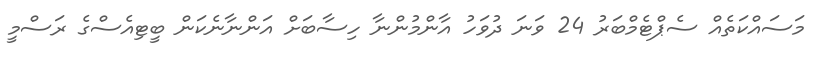
މަސައްކަތެއް ސެޕްޓެމްބަރު 24 ވަނަ ދުވަހު އާންމުންނާ ހިސާބަށް އަންނާނެކަން ބީޓިއެސްގެ ރަސްމީ